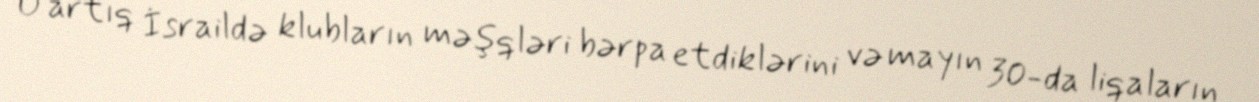
O artıq İsraildə klubların məşqləri bərpa etdiklərini və mayın 30-da liqaların